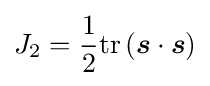
J_{2}={\frac {1}{2}}\mathrm {tr} \left({\boldsymbol {s}}\cdot {\boldsymbol {s}}\right)